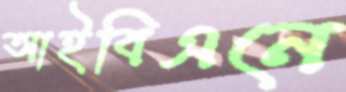
আইবিএনে